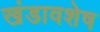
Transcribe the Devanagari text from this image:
खंडावशेष